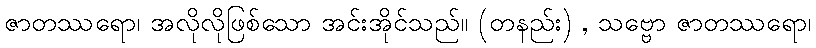
ဇာတဿရော၊ အလိုလိုဖြစ်သော အင်းအိုင်သည်။ (တနည်း) , သဗ္ဗော ဇာတဿရော၊